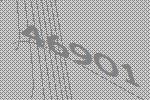
46901